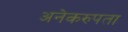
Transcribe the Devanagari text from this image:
अनेकरुपता